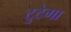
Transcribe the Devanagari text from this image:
टुटेगा